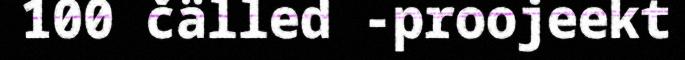
100 čälled -proojeekt